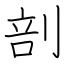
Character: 剖